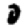
Digit: 0